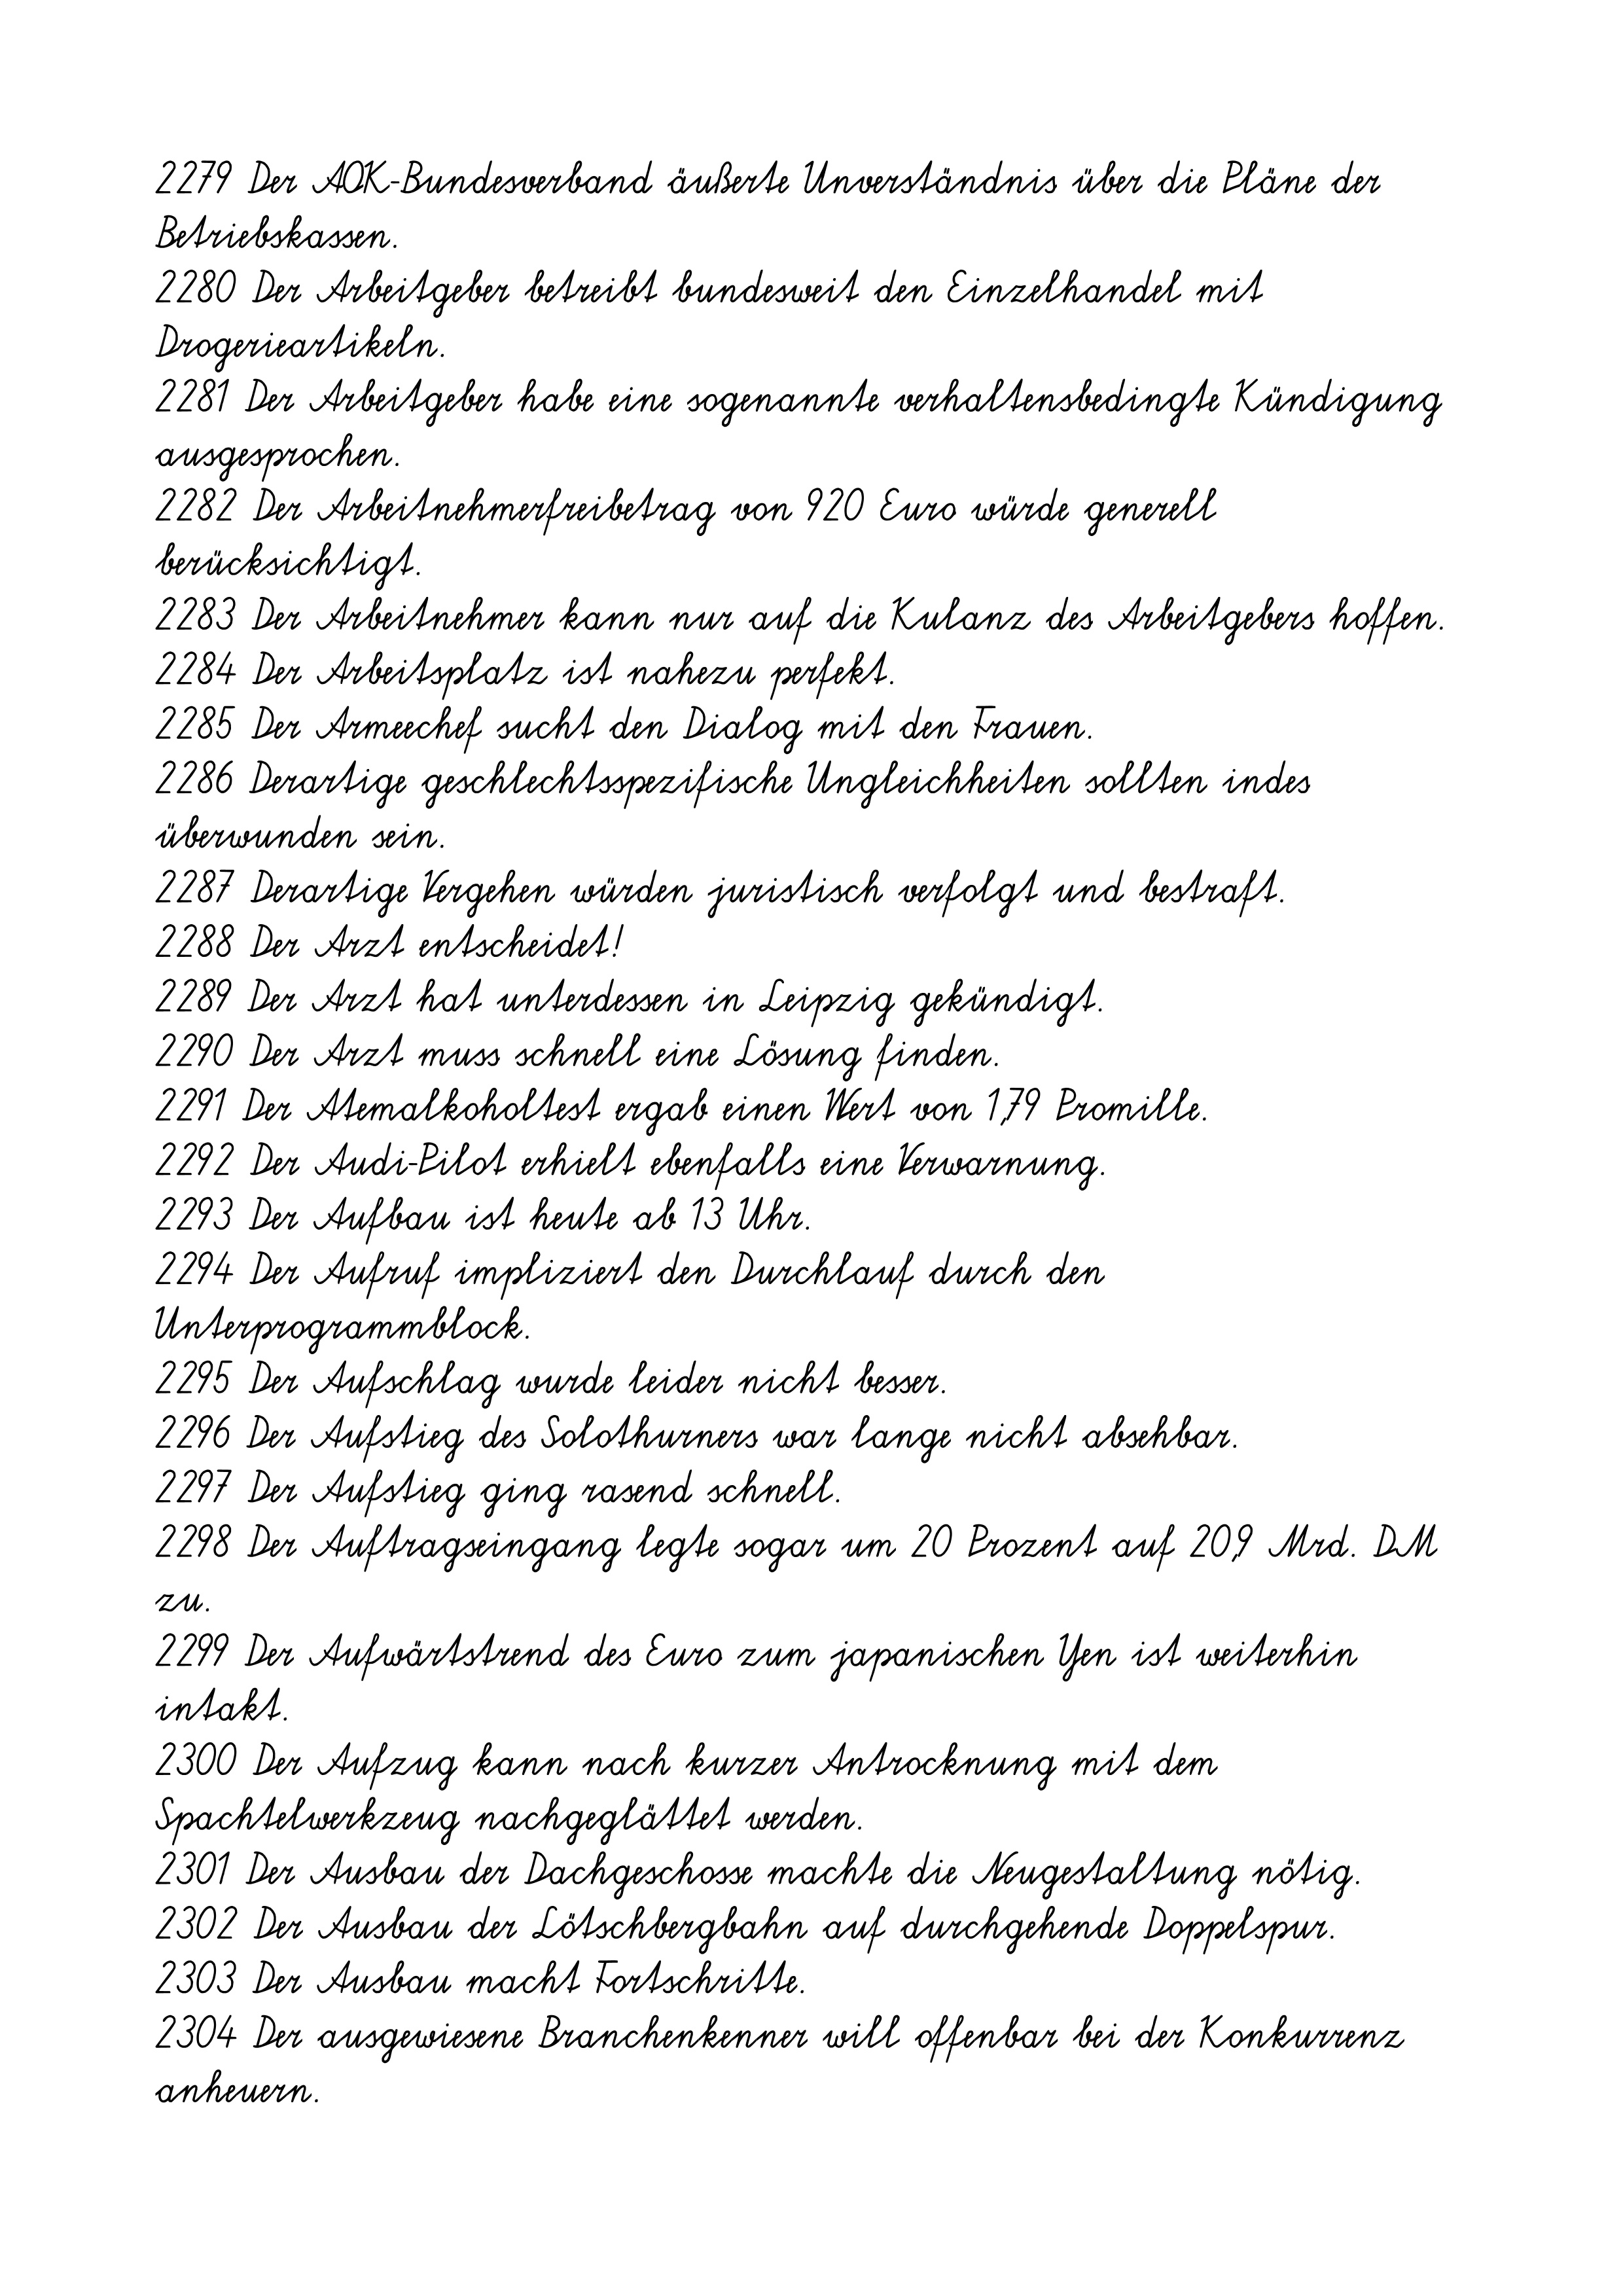
2279 Der AOK-Bundesverband äußerte Unverständnis über die Pläne der
Betriebskassen.
2280 Der Arbeitgeber betreibt bundesweit den Einzelhandel mit
Drogerieartikeln.
2281 Der Arbeitgeber habe eine sogenannte verhaltensbedingte Kündigung
ausgesprochen.
2282 Der Arbeitnehmerfreibetrag von 920 Euro würde generell
berücksichtigt.
2283 Der Arbeitnehmer kann nur auf die Kulanz des Arbeitgebers hoffen.
2284 Der Arbeitsplatz ist nahezu perfekt.
2285 Der Armeechef sucht den Dialog mit den Frauen.
2286 Derartige geschlechtsspezifische Ungleichheiten sollten indes
überwunden sein.
2287 Derartige Vergehen würden juristisch verfolgt und bestraft.
2288 Der Arzt entscheidet!
2289 Der Arzt hat unterdessen in Leipzig gekündigt.
2290 Der Arzt muss schnell eine Lösung finden.
2291 Der Atemalkoholtest ergab einen Wert von 1,79 Promille.
2292 Der Audi-Pilot erhielt ebenfalls eine Verwarnung.
2293 Der Aufbau ist heute ab 13 Uhr.
2294 Der Aufruf impliziert den Durchlauf durch den
Unterprogrammblock.
2295 Der Aufschlag wurde leider nicht besser.
2296 Der Aufstieg des Solothurners war lange nicht absehbar.
2297 Der Aufstieg ging rasend schnell.
2298 Der Auftragseingang legte sogar um 20 Prozent auf 20,9 Mrd. DM
zu.
2299 Der Aufwärtstrend des Euro zum japanischen Yen ist weiterhin
intakt.
2300 Der Aufzug kann nach kurzer Antrocknung mit dem
Spachtelwerkzeug nachgeglättet werden.
2301 Der Ausbau der Dachgeschosse machte die Neugestaltung nötig.
2302 Der Ausbau der Lötschbergbahn auf durchgehende Doppelspur.
2303 Der Ausbau macht Fortschritte.
2304 Der ausgewiesene Branchenkenner will offenbar bei der Konkurrenz
anheuern.